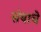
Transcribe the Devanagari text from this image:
संयाचे